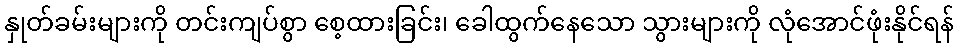
နှုတ်ခမ်းများကို တင်းကျပ်စွာ စေ့ထားခြင်း၊ ခေါထွက်နေသော သွားများကို လုံအောင်ဖုံးနိုင်ရန်